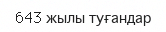
643 жылы туғандар